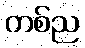
တစ်ည